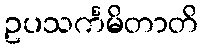
ဥပသင်္ကမိတာတိ